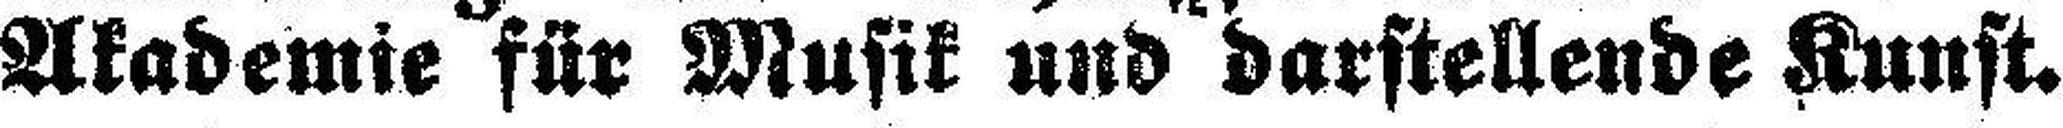
Akademie für Musik und darstellende Kunst.